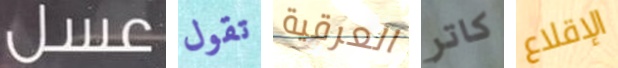
عسل تقول العرقية كاتر الإقلاع